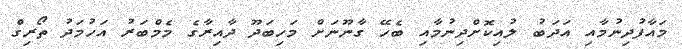
މައާފުދިނުމާއި އަދަބު ލުއިކޮށްދިނުމާއި ބެހޭ ގާނޫނަށް މަހިބަދޫ ދާއިރާގެ މެމްބަރު އަހުމަދު ތޯރިގް